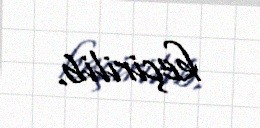
keçirilib.